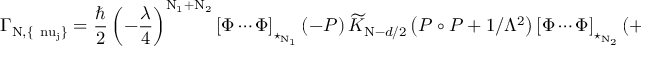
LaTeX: \Gamma _ { \mathrm { N , \{ \ n u _ { j } \} } } = \frac { \hbar } { 2 } \left( - \frac { \lambda } { 4 } \right) ^ { \mathrm { N _ { 1 } + N _ { 2 } } } \left[ \Phi \cdots \Phi \right] _ { \star _ { \mathrm { N _ { 1 } } } } \left( - P \right) \widetilde { { \cal K } } _ { \mathrm { N } - d / 2 } \left( P \circ P + 1 / \Lambda ^ { 2 } \right) \left[ \Phi \cdots \Phi \right] _ { \star _ { \mathrm { N _ { 2 } } } } ( + P ) ~ ,